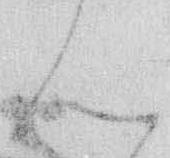
ん